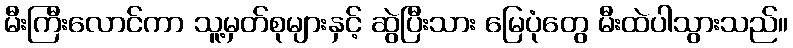
မီးကြီးလောင်ကာ သူ့မှတ်စုများနှင့် ဆွဲပြီးသား မြေပုံတွေ မီးထဲပါသွားသည်။